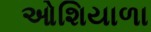
ઓશિયાળા